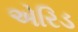
એરિડ